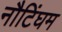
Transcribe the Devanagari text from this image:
नौटिंघम